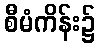
စီမံကိန်း၌